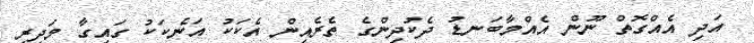
އަދި އެއްގޮތް ނޫން އެއްމާބަނޑު ދެކުދިންގެ ތެރެއިން އެކަކު އަނެކަކު ގައިގާ މަދިރި